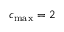
{ c _ { \operatorname* { m a x } } } = 2